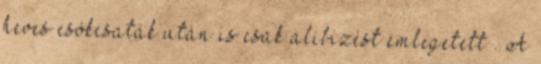
heves csókcsaták után is csak alibizést emlegetett . A